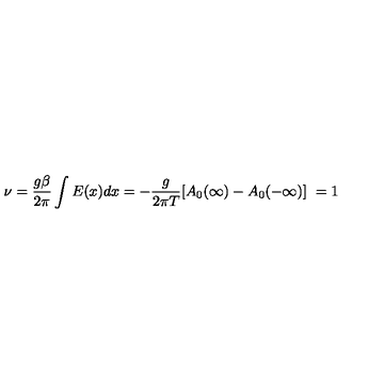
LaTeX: \nu = \frac { g \beta } { 2 \pi } \int E ( x ) d x = - \frac { g } { 2 \pi T } [ A _ { 0 } ( \infty ) - A _ { 0 } ( - \infty ) ] \ = 1